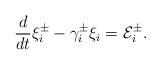
LaTeX: \begin{align*}\frac{d}{dt} \xi^\pm_{i}-\gamma^\pm_i \xi_{i } =\mathcal{E}^\pm_{i }. \end{align*}